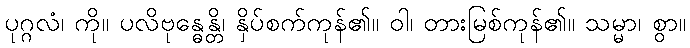
ပုဂ္ဂလံ၊ ကို။ ပလိဗုန္ဓေန္တိ၊ နှိပ်စက်ကုန်၏။ ဝါ၊ တားမြစ်ကုန်၏။ သမ္မာ၊ စွာ။